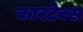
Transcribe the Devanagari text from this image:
कारटेक्स